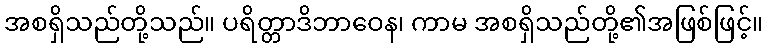
အစရှိသည်တို့သည်။ ပရိတ္တာဒိဘာဝေန၊ ကာမ အစရှိသည်တို့၏အဖြစ်ဖြင့်။